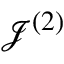
\mathcal { J } ^ { ( 2 ) }